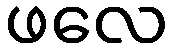
ဖလေ